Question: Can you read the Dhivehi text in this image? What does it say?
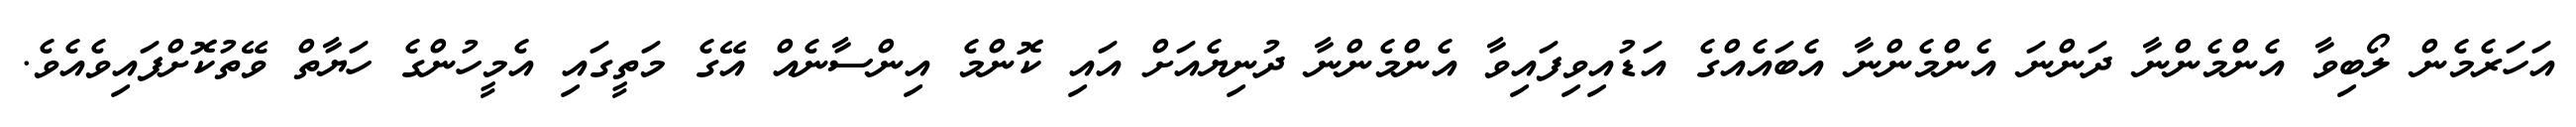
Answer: އަހަރެމެން ލޯބިވާ އެންމެންނާ ދަންނަ އެންމެންނާ އެބައެއްގެ އަޑުއިވިފައިވާ އެންމެންނާ ދުނިޔެއަށް އައި ކޮންމެ އިންސާނެއް އޭގެ މަތީގައި އެމީހުންގެ ހަޔާތް ވޭތުކޮށްފައިވެއެވެ.